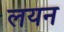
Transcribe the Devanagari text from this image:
लयन